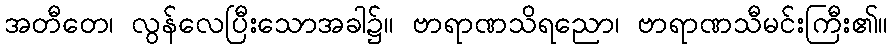
အတီတေ၊ လွန်လေပြီးသောအခါ၌။ ဗာရာဏသိရညော၊ ဗာရာဏသီမင်းကြီး၏။